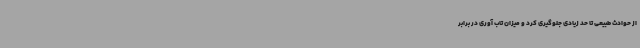
از حوادث طبیعی تا حد زیادی جلوگیری کرد و میزان تاب‌ آوری در برابر